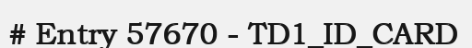
# Entry 57670 - TD1_ID_CARD